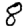
Digit: 8